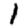
Digit: 1